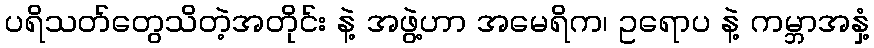
ပရိသတ်တွေသိတဲ့အတိုင်း နဲ့ အဖွဲ့ဟာ အမေရိက၊ ဥရောပ နဲ့ ကမ္ဘာအနှံ့